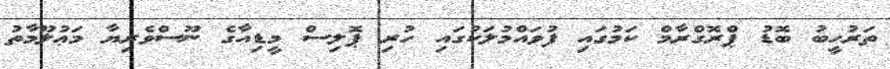
ތަރުހީބު ބޮޑު ޕްރޮގްރާމް ކަމުގައި ފުވައްމުލަކުގައި ހުރި ޕޮލިސް މީޑިއާގެ ނޫސްވެރިޔާ މަޢުލޫމާތު